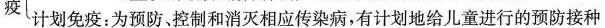
疫计划免疫：为预防、控制和消灭相应传染病，有计划地给儿童进行的预防接种